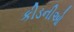
કીડનીઓ